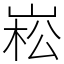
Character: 崧